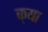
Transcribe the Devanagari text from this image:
क्‌या